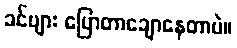
ခင်ဗျား ပြောတာချောနေတာပဲ။